Report of the Indian Hemp Drugs Commission, 1894-1895 - Volume VI
Year: 1894
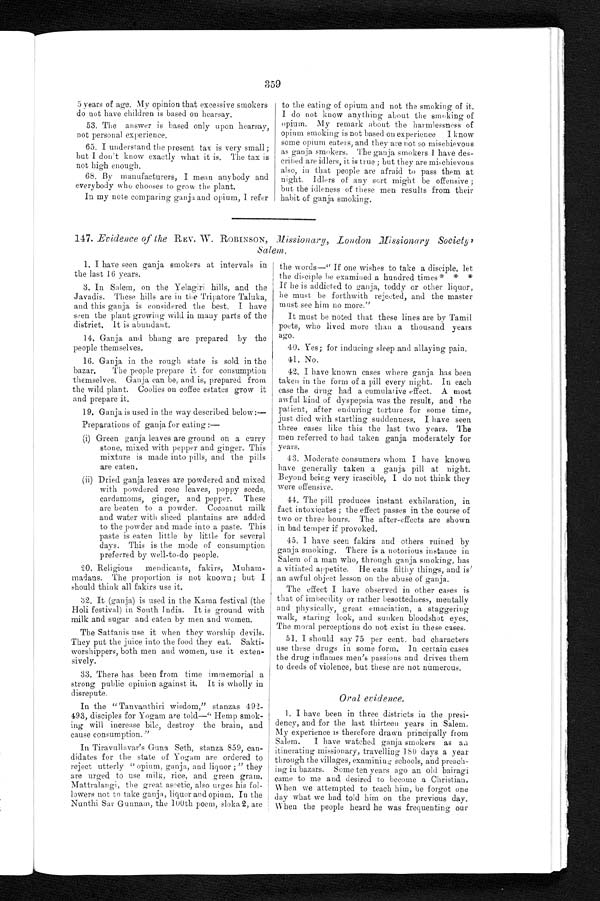
359
5 years of age. My opinion that excessive smokers
do not have children is based on hearsay.
53. The answer is based only upon hearsay,
not personal experience.
65. I understand the present tax is very small;
but I don't know exactly what it is. The tax is
not high enough.
68. By manufacturers, I mean anybody and
everybody who chooses to grow the plant.
In my note comparing ganja and opium, I refer
to the eating of opium and not the smoking of it.
I do not know anything about the smoking of
opium. My remark about the harmlessness of
opium smoking is not based on experience I know
some opium eaters, and they are not so mischievous
as ganja smokers. The ganja smokers 1 have des-
cribed are idlers, it is true; but they are mischievous
also, in that people are afraid to pass them at
night. Idlers of any sort might be offensive ;
but the idleness of these men results from their
habit of ganja smoking.
147. Evidence of the REV. W. ROBINSON, Missionary, London Missionary Sobriety,
Salem.
1. I have seen ganja smokers at intervals in
the last 16 years.
3. In Salem, on the Yelagiri hills, and the
Javadis. These hills are in the Tripatore Taluka,
and this ganja is considered the best. I have
seen the plant growing wild in many parts of the
district. It is abundant.
14. Ganja and bhang are prepared by the
people themselves.
16. Ganja in the rough state is sold in the
bazar, The people prepare it for consumption
t hemsel ves. Ganj a, can be, and i s, prepared from
the wild plant. Coolies on coffee estates grow it
and prepare it.
19. Ganja is used in the way described below:—
Preparations of ganja for eating:—
(i) Green ganja leaves are ground on a curry
stone, mixed with pepper and ginger. This
mixture is made into pills, and the pills
are eaten.
(ii) Dried ganja leaves are powdered and mixed
with powdered rose leaves, poppy seeds,
cardamoms, ginger, and pepper. These
are beaten to a powder. Cocoanut milk
and water with sliced plantains are added
to the powder and made into a paste. This
paste is eaten little by little for several
days. This is the mode of consumption
preferred by well-to-do people.
20. Religious mendicants, fakirs,
M u h a m – m a d a n s . T h e p r o p o r t i o n . i s n o t k n o w n ; b u t I
should think all fakirs use it.
32. It (ganja) is used in the Kama festival (the
Holi festival) in South India. It is ground with
milk and sugar and eaten by men and women.
The Sattanis use it when they worship devils.
They put the juice into the food they eat. Sakti-
worshippers, both men and women, use it exten-
sively.
33. There has been from time immemorial a
strong public opinion against it. It is wholly in
disrepute.
In the "Tanvanthiri wisdom," stanzas 49
A-493, disciples for Yogam are told—" Hemp smok-
ing will increase bile, destroy the brain, and
cause consumption."
In Tiravullavar's Guna Seth, stanza 859, can-
didates for the state of Yogam are ordered to
reject utterly "opium, ganja, and liquor;" they
are urged to use milk, rice, and green gram.
Mattralangi, the great ascetic, also urges his fol-
lowers not to take ganja, liquor and opium, In the
Nunthi Sar Gunman, the 100th poem, sloka 2, are
the words—" If one wishes to take a disciple, let
the disciple be examined a hundred times * * *
If he is addicted to ganja, toddy or other liquor,
he must be forthwith rejected, and the master
must see him no more."
It must be noted that these lines are by Tamil
poets, who lived more than a thousand years
ago.
40. Yes; for inducing sleep and allaying pain.
41, No.
42, I have known cases where ganja has been
taken in the form of a pill every night. In each
case the drug had a cumulative effect. A most
awful kind of dyspepsia was the result, and the
patient, after enduring torture for some time,
just died with startling suddenness, I have seen
three cases like this the last two years. The
men referred to had taken ganja moderately for
years.
43. Moderate consumers whom I have known
have generally taken a ganja pill at night.
Beyond being very irascible, I do not think they
were offensive.
44. The pill produces instant exhilaration, in
fact intoxicates ; the effect passes in the course of
two or three hours. The after-effects are shown
in bad temper if provoked.
45. I have seen fakirs and others ruined by
ganja smoking. There is a notorious instance in
Salem of a man who, through ganja smoking, has
a vitiated aopetite. He eats filthy things, and is
an awful object lesson on the abuse of ganja.
The effect I have observed in other cases is
that of imbecility or rather besottedness, mentally
and physically, great emaciation, a staggering
walk, staring look, and sunken bloodshot eyes.
The moral perceptions do not exist in these cases.
51. I should say 75 per cent. bad characters
use these drugs in some form. In certain cases
the drug inflames men's passions and drives them
to deeds of violence, but these are not numerous.
Oral evidence.
1. I have been in three districts in the presi-
dency, and for the last thirteen years in Salem.
My experience is therefore drawn principally from
Salem. I have watched ganja smokers as an
itinerating missionary, travelling 180 days a year
through the villages, examining schools, and
p r e a c h – i n g b a z a r s . S o m e t e n y e a r s a g o a n o l d b a i r a g i
came to me and desired to become a Christian.
When we attempted to teach him, be forgot one
day what we had told him on the previous day.
When the people heard he was frequenting our